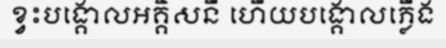
ខ្វះបង្គោលអគ្គិសនី ហើយបង្គោលភ្លើង